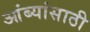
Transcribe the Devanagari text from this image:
आंब्यांसाठी